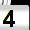
Digit: 4